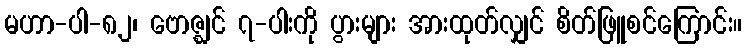
မဟာ-ပါ-၈၂၊ ဗောဇ္ဈင် ၇-ပါးကို ပွားများ အားထုတ်လျှင် စိတ်ဖြူစင်ကြောင်း။